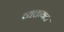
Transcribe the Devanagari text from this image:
व्यक्तगत